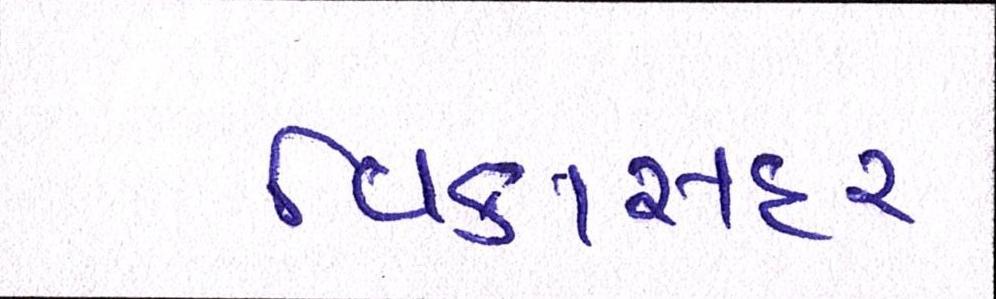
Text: વિકાસદર